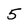
Character: 5